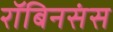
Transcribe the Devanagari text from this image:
रॉबिनसंस